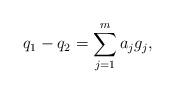
LaTeX: \begin{align*}q_1 - q_2 = \sum\limits_{j=1}^{m} a_j g_j,\end{align*}